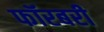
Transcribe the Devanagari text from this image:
फॉरबरी